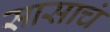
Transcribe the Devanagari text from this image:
सासाचं